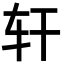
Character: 轩